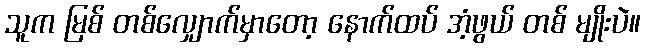
သူက မြစ် တစ်လျှောက်မှာတော့ နောက်ထပ် အံ့ဖွယ် တစ် မျိုးပဲ။